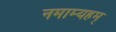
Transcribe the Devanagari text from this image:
नमाम्यहम्‌